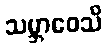
သမ္ဘာဝေသိ